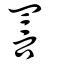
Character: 詈